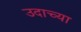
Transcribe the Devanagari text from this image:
उदाच्या